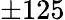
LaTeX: \pm 125